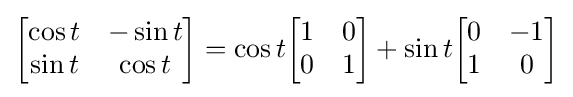
{\begin{bmatrix}\cos t&-\sin t\\\sin t&\cos t\\\end{bmatrix}}=\cos t{\begin{bmatrix}1&0\\0&1\end{bmatrix}}+\sin t{\begin{bmatrix}0&-1\\1&0\end{bmatrix}}